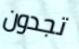
تجدون